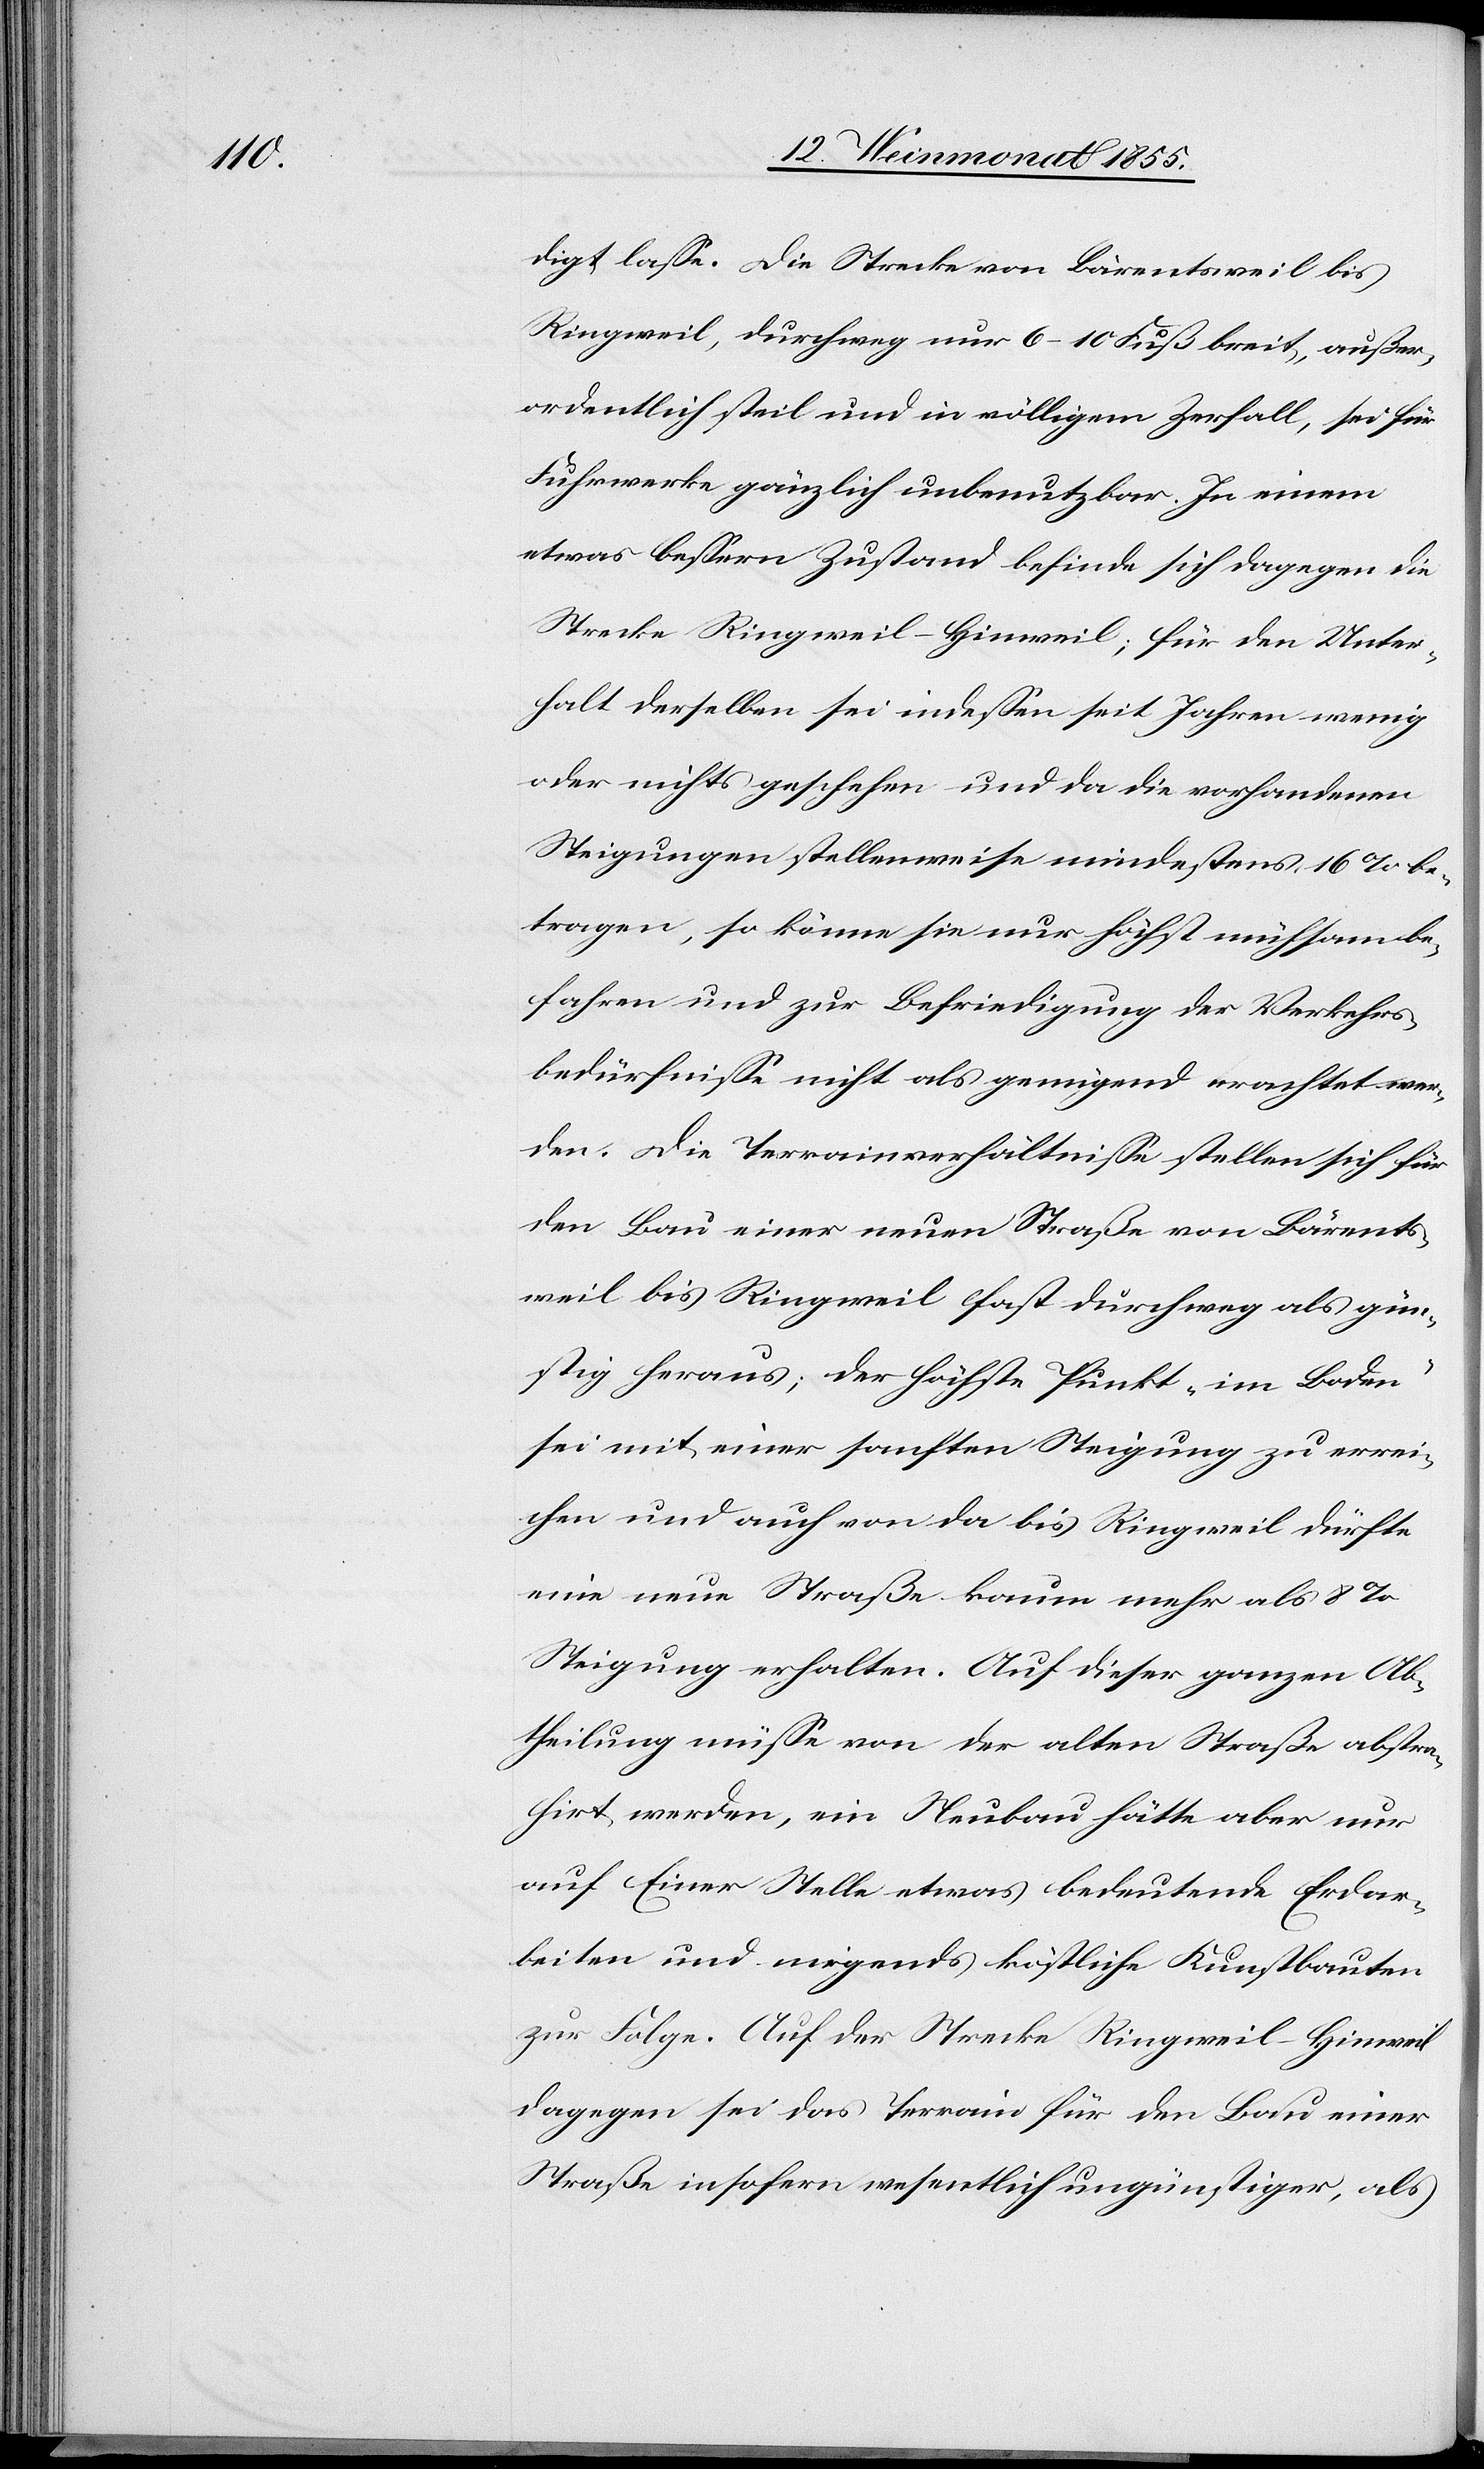
digt lasse. Die Strecke von Bärentsweil bis
Ringweil, durchweg nur 6–10 Fuß breit, außer¬
ordentlich steil und in völligem Zerfall, sei für
Fuhrwerke gänzlich unbenutzbar. In einem
etwas bessern Zustand befinde sich dagegen die
Strecke Ringweil – Hinweil; für den Unter¬
halt derselben sei indessen seit Jahren wenig
oder nichts geschenen und da die vorhandenen
Steigungen stellenweise mindestens 16% be¬
tragen, so könne sie nur höchst mühsam be¬
fahren und zur Befriedigung der Verkehrs¬
bedürfnisse nicht als genügend erachtet wer¬
den. Die Terrainverhältnisse stellen sich für
den Bau einer neuen Straße von Bärents¬
weil bis Ringweil fast durchweg als gün¬
stig heraus; der höchste Punkt „im Boden“
sei mit einer sanften Steigung zu errei¬
chen und auch von da bis Ringweil dürfte
eine neue Straße kaum mehr als 8%
Steigung erhalten. Auf dieser ganzen Ab¬
theilung müsse von der alten Straße abstra¬
hirt werden, ein Neubau hätte aber nur
auf Einer Stelle etwas bedeutende Erdar¬
beiten und nirgends köstliche Kunstbauten
zur Folge. Auf der Strecke Ringweil – Hinweil
dagegen sei das Terrain für den Bau einer
Straße insofern wesentlich ungünstiger, als